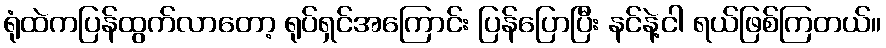
ရုံထဲကပြန်ထွက်လာတော့ ရုပ်ရှင်အကြောင်း ပြန်ပြောပြီး နင်နဲ့ငါ ရယ်ဖြစ်ကြတယ်။